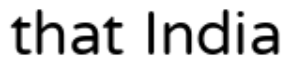
that India